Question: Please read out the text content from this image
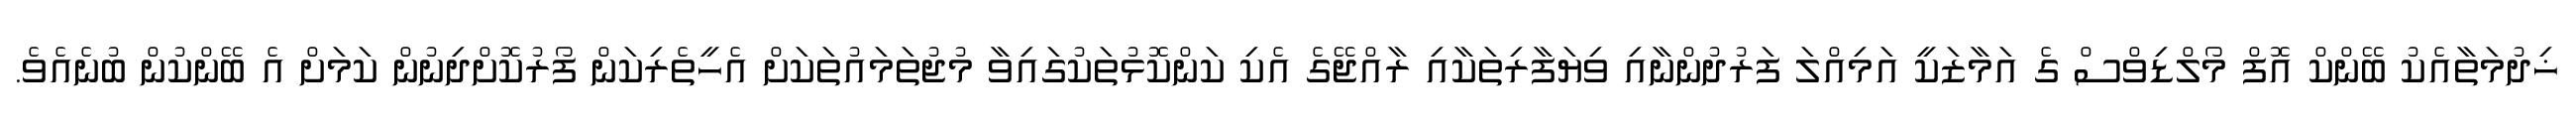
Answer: ޚިދުމަތާއެކު ބޭންކް އޮފް މޯލްޑިވްސް ގެ އަމާޒަކީ އަމިއްލަ ފަރުދުންނާއި ވިޔަފާރިތަކާއި ރާއްޖޭގެ އެކި ކަންކޮޅުތަކުގައިވާ މުޖުތަމައުތަކަށް އެހީތެރިކަން ފޯރުކޮށްދިނުން ކަމަށް އެ ބޭންކުން ބުނެއެވެ.